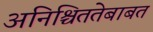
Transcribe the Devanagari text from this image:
अनिश्चिततेबाबत